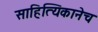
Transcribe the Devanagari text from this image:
साहित्यिकानेच